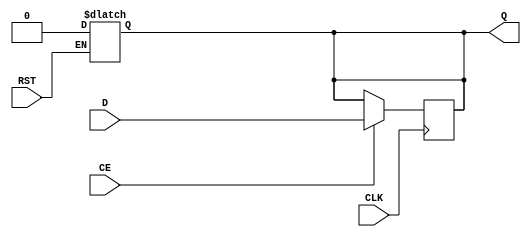
module InputRegister (
    input wire D,          // Data input
    input wire CLK,        // Clock input
    input wire RST,        // Asynchronous reset
    input wire CE,         // Clock enable (optional)
    output reg Q          // Data output
);

    // Asynchronous reset
    always @(*) begin
        if (RST) begin
            Q <= 1'b0;      // Reset output to 0
        end
    end

    // Synchronous operation with clock edge
    always @(posedge CLK) begin
        if (CE) begin
            Q <= D;         // Capture data on clock edge if enabled
        end
    end

endmodule